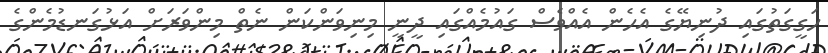
ހަގީގަތުގައި ދުނިޔޭގެ އެހެން އެއްވެސް ގައުމެއްގައި ދީނީ މިނިވަންކަން ނެތް މިންވަރަށް އަޅުގަނޑުމެންގެ